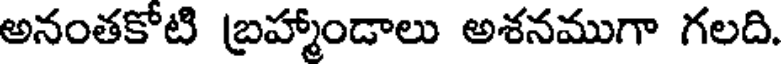
అనంతకోటి బ్రహ్మాండాలు అశనముగా గలది.